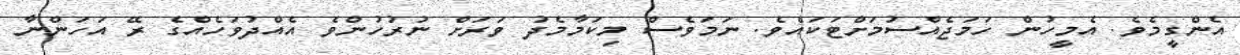
އެންގީމެވެ. އެމީހުން ހަމަޖެއްސުމަށްޓަކައެވެ. ނަމަވެސް މިކަމާމެދު ވަރަށް ނުރުހުންވެ އެއްދުވަހެއްގެ ރޭ އަހަންނާ